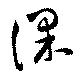
課